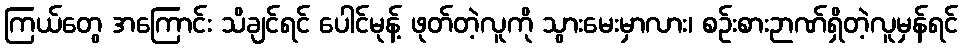
ကြယ်တွေ အကြောင်း သိချင်ရင် ပေါင်မုန့် ဖုတ်တဲ့လူကို သွားမေးမှာလား၊ စဉ်းစားဉာဏ်ရှိတဲ့လူမှန်ရင်